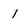
Character: 1